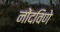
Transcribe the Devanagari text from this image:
नोंदविणे